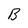
Character: B